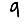
Digit: 9